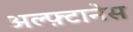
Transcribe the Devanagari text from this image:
अल्फ़्टानेस